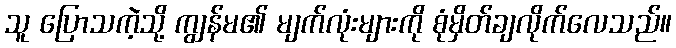
သူ ပြောသကဲ့သို့ ကျွန်မ၏ မျက်လုံးများကို စုံမှိတ်ချလိုက်လေသည်။